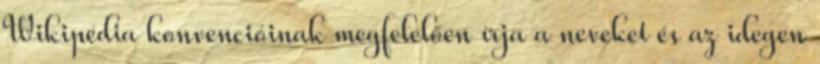
Wikipédia konvencióinak megfelelően írja a neveket és az idegen